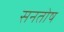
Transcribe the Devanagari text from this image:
सनतोष